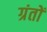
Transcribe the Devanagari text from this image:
ग्रंतों